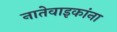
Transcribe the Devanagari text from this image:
नातेवाइकांना